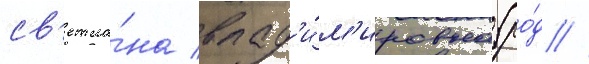
св'етла́на влад'и́м'ировна (ро́д //